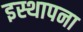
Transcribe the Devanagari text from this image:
इस्थापना